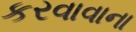
કરવાવાના